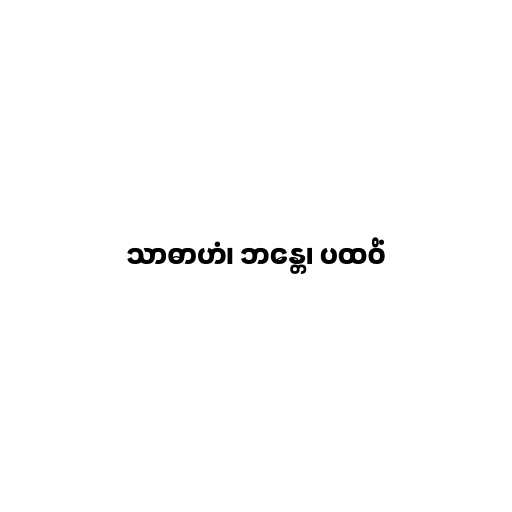
သာဓာဟံ၊ ဘန္တေ၊ ပထဝိံ